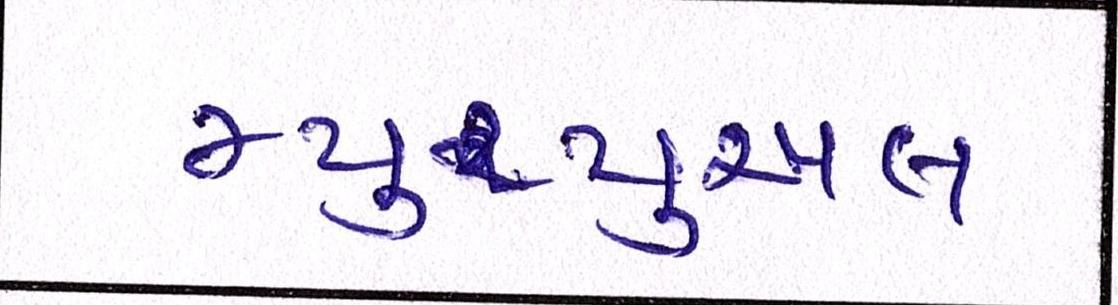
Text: મ્યુચ્યુઅલ